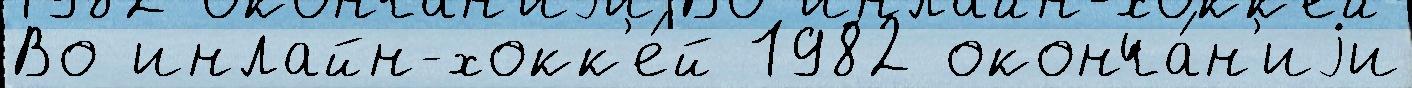
Во инлайн-хокк'е́й 1982 оконча́н'иjи